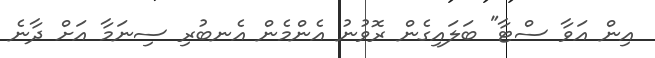
އިން އަވާ ސްޓާ" ބަލައިގެން ރޮވުނު އެންމެން އެނބުރި ސިނަމާ އަށް ދާނެ